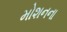
મોશનના